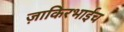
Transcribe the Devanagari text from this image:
ज़ाकिरभाईच